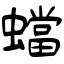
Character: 蟷